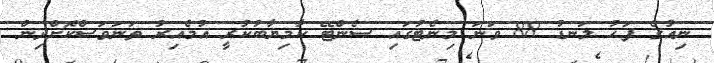
ނިއުގެ ފަހު ލަނޑު 88 ވަނަ މިނެޓުގައި ސެންޓޭ ކާމިޔާބުކުރީ އުމެއިރު ތަނަވަސްކޮށްދިން